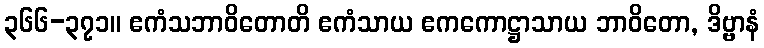
၃၆၆-၃၇၁။ ဧကံသဘာဝိတောတိ ဧကံသာယ ဧကကောဋ္ဌာသာယ ဘာဝိတော, ဒိဗ္ဗာနံ